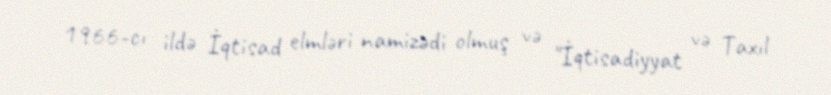
1966-cı ildə İqtisad elmləri namizədi olmuş və "İqtisadiyyat və Taxıl